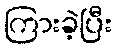
ကြားခဲ့ပြီး